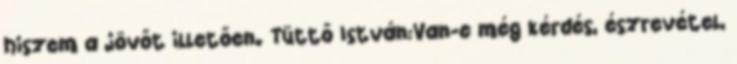
hiszem a jövőt illetően. Tüttő István:Van-e még kérdés, észrevétel,